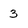
Character: 3